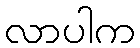
လာပါက